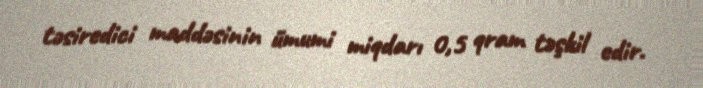
təsiredici maddəsinin ümumi miqdarı 0,5 qram təşkil edir.